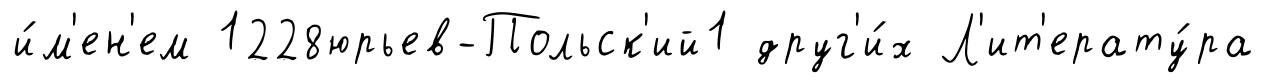
и́м'ен'ем 1228юрьев-Польск'ий1 друг'и́х Л'ит'ерату́ра